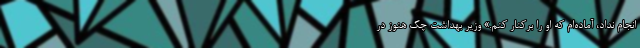
انجام نداد، آماده‌ام که او را برکنار کنم.» وزیر بهداشت چک هنوز در